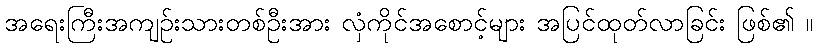
အရေးကြီးအကျဉ်းသားတစ်ဦးအား လှံကိုင်အစောင့်များ အပြင်ထုတ်လာခြင်း ဖြစ်၏ ။